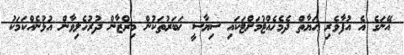
އޭނަގެ އެ އުފާވެރި ޙަޔާތް ދެމެހެއްޓުމަށްޓަކައި ސިޔާސީ ޚަބަރުތަކުން މިރްޒާން ދުރުހެލިވާން އުޅުނެއްކަމަކު